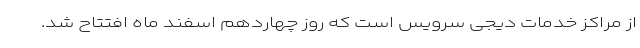
از مراکز خدمات دیجی سرویس است که روز چهاردهم اسفند ماه افتتاح شد.